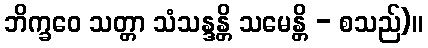
ဘိက္ခဝေ သတ္တာ သံသန္ဒန္တိ သမေန္တိ - စသည်)။